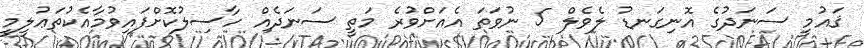
ޤައުމީ ސަނަދުގެ އޮނިގަނޑު ލެވެލް 5 ނުވަތަ އެއަށްވުރެ މަތީ ސަނަދެއް ހާސިލުކޮށްފައިވުމާއެކުތަޢުލީމީ